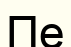
Пе